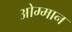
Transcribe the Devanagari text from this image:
ओम्मान